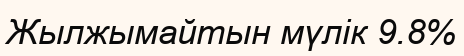
Жылжымайтын мүлік 9.8%